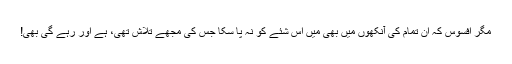
مگر افسوس کہ ان تمام کی آنکھوں میں بھی میں اس شئے کو نہ پا سکا جس کی مجھے تلاش تھی، ہے اور رہے گی بھی!